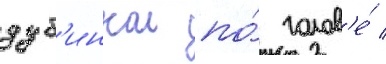
дуб'инкои по́ голов'е́ /